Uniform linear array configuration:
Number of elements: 16
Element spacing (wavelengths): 0.5
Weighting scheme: hamming
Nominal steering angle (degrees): -30
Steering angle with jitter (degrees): -29.408
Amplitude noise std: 0.05
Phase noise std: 0.05

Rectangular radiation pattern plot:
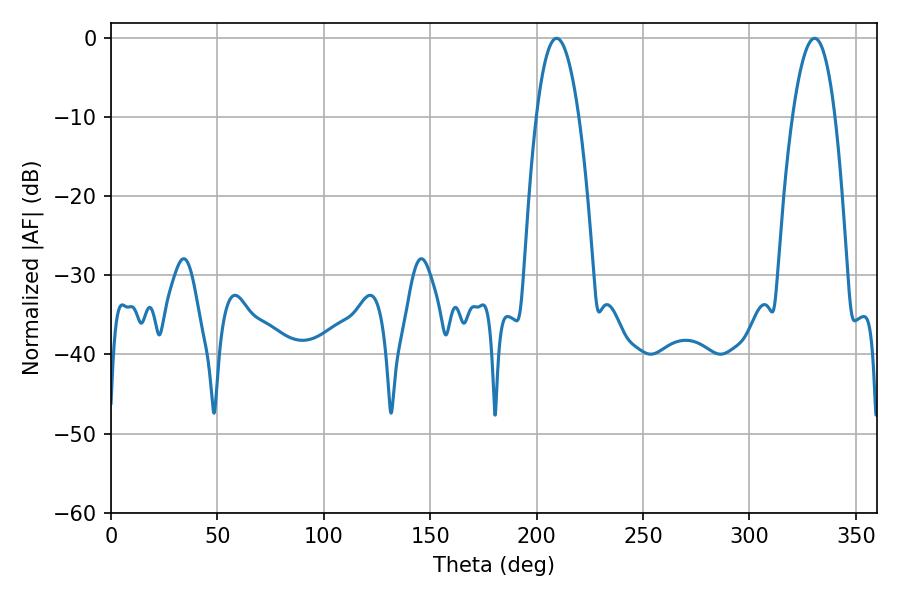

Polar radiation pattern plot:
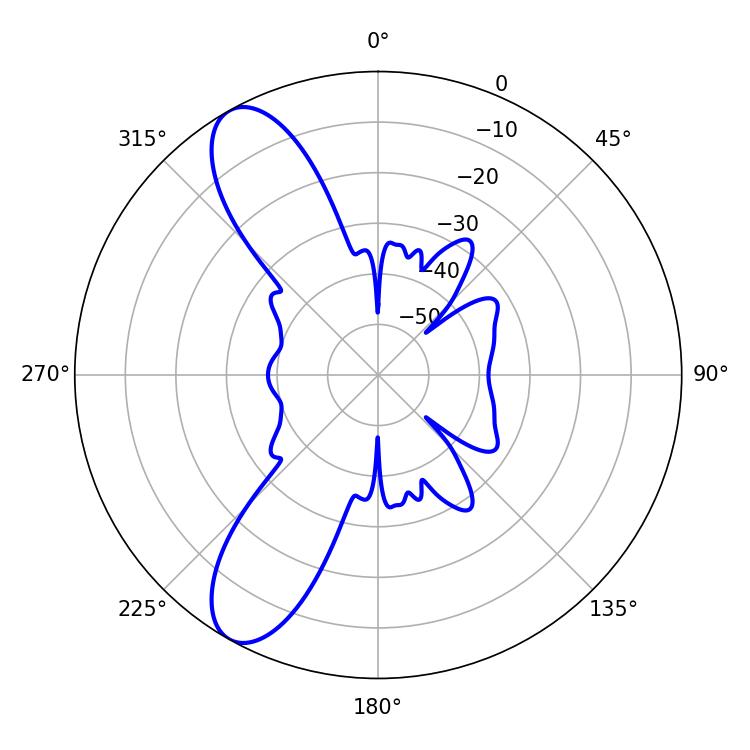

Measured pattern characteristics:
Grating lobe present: FALSE
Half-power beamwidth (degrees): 11.16
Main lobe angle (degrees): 209.34